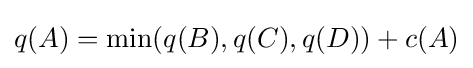
q(A)=\min(q(B),q(C),q(D))+c(A)